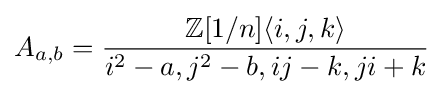
A_{a,b}={\frac {\mathbb {Z} [1/n]\langle i,j,k\rangle }{i^{2}-a,j^{2}-b,ij-k,ji+k}}